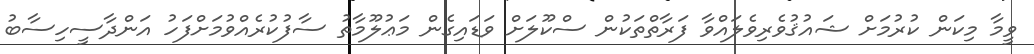
ވީމާ މިކަން ކުރުމަށް ޝައުޤުވެރިވެލައްވާ ފަރާތްތަކުން ސްކޫލަށް ވަޑައިގެން މަޢުލޫމާތު ސާފުކުރެއްވުމަށްފަހު އަންދާސީހިސާބު